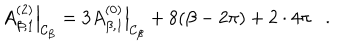
\left. A _ { \beta , 1 } ^ { ( 2 ) } \right| _ { { \cal C } _ { \beta } } = 3 \left. A _ { \beta , 1 } ^ { ( 0 ) } \right| _ { { \cal C } _ { \beta } } + 8 ( \beta - 2 \pi ) + 2 \cdot 4 \pi .